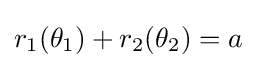
r_{1}(\theta _{1})+r_{2}(\theta _{2})=a